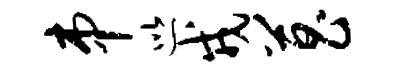
串巡戎菖